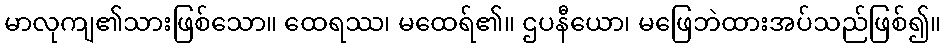
မာလုကျ၏သားဖြစ်သော။ ထေရဿ၊ မထေရ်၏။ ဌပနီယော၊ မဖြေဘဲထားအပ်သည်ဖြစ်၍။